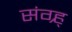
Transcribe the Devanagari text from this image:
संग्र्ह्